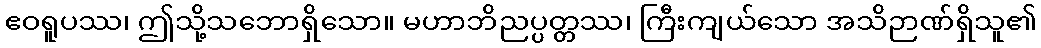
ဧဝရူပဿ၊ ဤသို့သဘောရှိသော။ မဟာဘိညပ္ပတ္တဿ၊ ကြီးကျယ်သော အသိဉာဏ်ရှိသူ၏